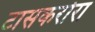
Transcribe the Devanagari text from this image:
टासकरोरा